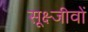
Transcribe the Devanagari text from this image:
सूक्ष्जीवों